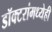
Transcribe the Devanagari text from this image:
डॉक्‍टरांमध्येही